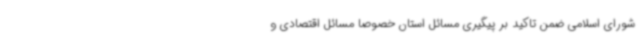
شورای اسلامی ضمن تاکید بر پیگیری مسائل استان خصوصا مسائل اقتصادی و